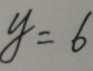
y = 6